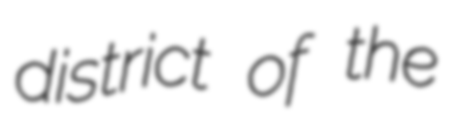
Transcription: district of the